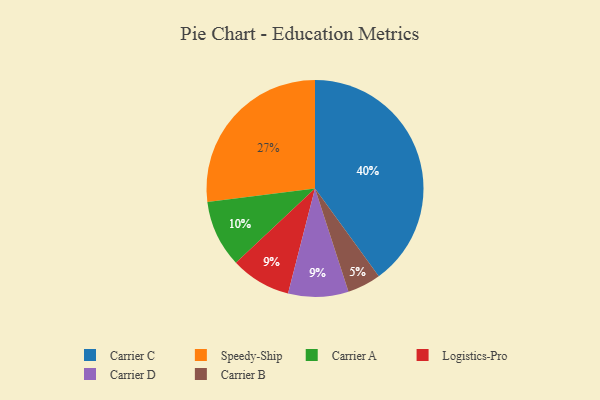
{"axis": {"x": "Category", "y": "Percentage"}, "legend": ["Carrier A", "Carrier B", "Carrier C", "Carrier D", "Logistics-Pro", "Speedy-Ship"], "data": [{"x": "Logistics-Pro", "y": 9, "type": "Logistics-Pro"}, {"x": "Carrier A", "y": 10, "type": "Carrier A"}, {"x": "Speedy-Ship", "y": 27, "type": "Speedy-Ship"}, {"x": "Carrier B", "y": 5, "type": "Carrier B"}, {"x": "Carrier C", "y": 40, "type": "Carrier C"}, {"x": "Carrier D", "y": 9, "type": "Carrier D"}]}